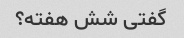
گفتی شش هفته؟